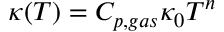
\kappa ( T ) = C _ { p , g a s } \kappa _ { 0 } T ^ { n }